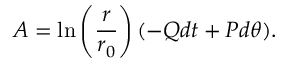
A = \ln \left( \frac { r } { r _ { 0 } } \right) ( - Q d t + P d \theta ) .